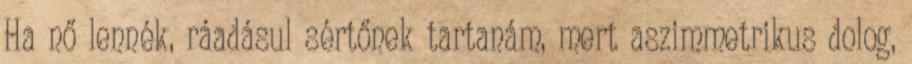
Ha nő lennék, ráadásul sértőnek tartanám, mert aszimmetrikus dolog,